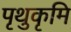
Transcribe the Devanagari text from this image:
पृथुकृमि